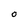
Character: O